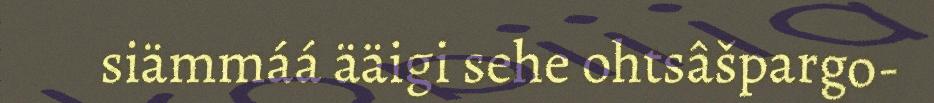
siämmáá ääigi sehe ohtsâšpargo-